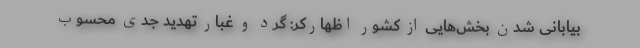
بیابانی شدن بخش‌هایی از کشور اظهارکر: گرد و غبار تهدید جدی محسوب